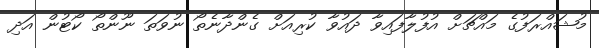
މުޝައްރަފުގެ މައްޗަށް އުފުލާފައިވާ ދައުވާ ކުރިއަށް ގެންދާނެތޯ ނުވަތަ ނޫންތޯ ކޯޓުން އަދި